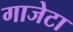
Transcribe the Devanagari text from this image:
गाजेटा